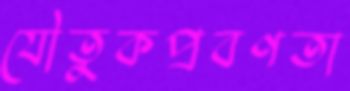
যৌতুকপ্রবণতা